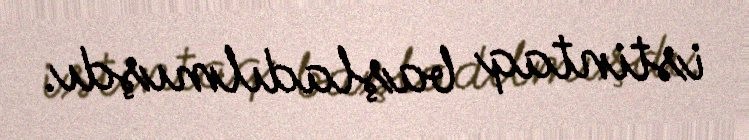
istintaq başladılmışdı.